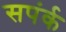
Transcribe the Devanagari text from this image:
सपंर्क